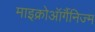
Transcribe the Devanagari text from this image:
माइक्रोऑर्गैनिज्म